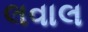
લવાલ